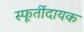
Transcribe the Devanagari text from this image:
स्फूर्तीदायक